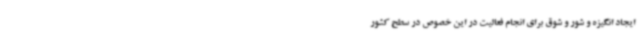
ایجاد انگیزه و شور و شوق برای انجام فعالیت در این خصوص در سطح کشور